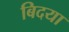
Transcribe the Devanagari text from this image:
बिदया